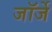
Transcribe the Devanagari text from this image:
जॉर्जे